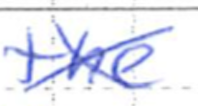
Text: the
Cross-out: cross
Writing tool: ballpoint